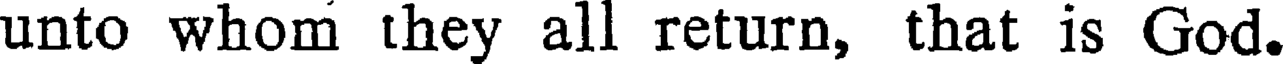
unto whom they all return, that is God.